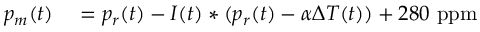
\begin{array} { r l } { p _ { m } ( t ) } & { { } = p _ { r } ( t ) - I ( t ) \ast ( p _ { r } ( t ) - \alpha \Delta T ( t ) ) + 2 8 0 ~ \mathrm { p p m } } \end{array}